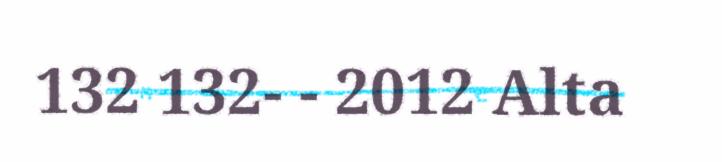
132 132- - 2012 Alta